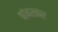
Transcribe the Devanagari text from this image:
बांबरकर